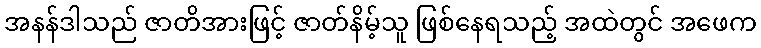
အနန်ဒါသည် ဇာတိအားဖြင့် ဇာတ်နိမ့်သူ ဖြစ်နေရသည့် အထဲတွင် အဖေက